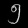
Digit: ၅